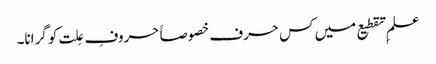
علمِ تقطیع میں کس حرف خصوصاََ حروفِ عِلت کو گرانا۔